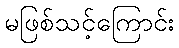
မဖြစ်သင့်ကြောင်း